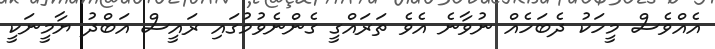
އެއްވެސް މީހަކު ދެބަހެއް ނުވާނެ އެވެ ތަރައްގީ ގެންނެވުމުގައި ރައީސް އަބްދު ޔާމީނަކީ